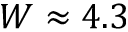
W \approx 4 . 3